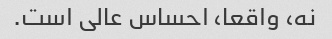
نه، واقعا، احساس عالی است.